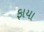
ફાયા